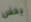
بعض